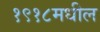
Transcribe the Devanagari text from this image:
१९१८मधील